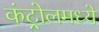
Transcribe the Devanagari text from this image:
कंट्रोलमध्ये